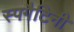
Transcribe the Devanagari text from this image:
स्पगैटिनी